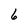
Character: 6